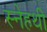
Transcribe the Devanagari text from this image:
स्नेहथी